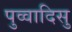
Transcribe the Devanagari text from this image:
पुव्वादिसु